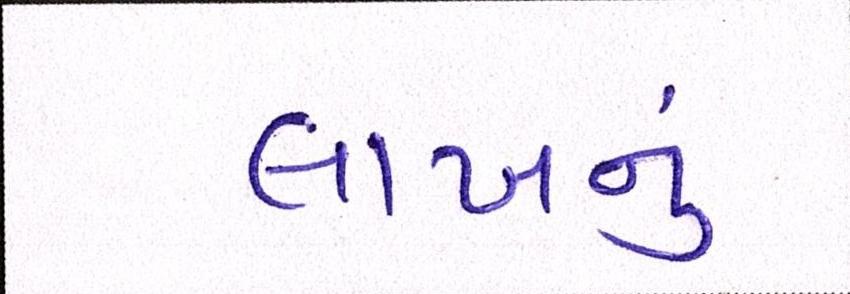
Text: લાખનું